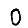
Digit: 0